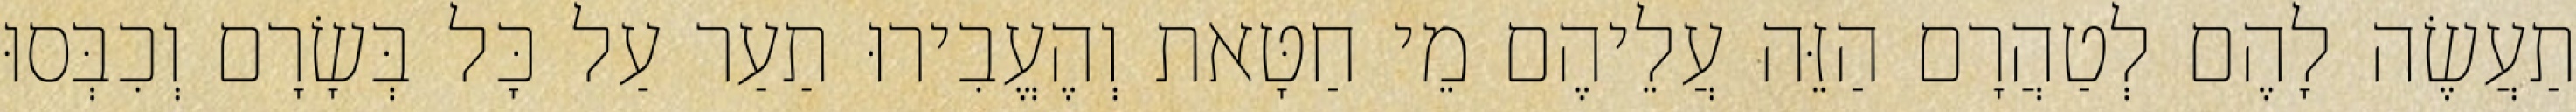
תַעֲשֶׂה לָהֶם לְטַהֲרָם הַזֵּה עֲלֵיהֶם מֵי חַטָּאת וְהֶעֱבִירוּ תַעַר עַל כָּל בְּשָׂרָם וְכִבְּסוּ